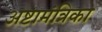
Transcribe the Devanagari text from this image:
अष्टामंत्रिका